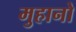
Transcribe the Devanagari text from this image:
मुहानो